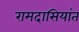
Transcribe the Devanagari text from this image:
रामदासियांत